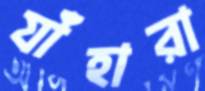
যাঁহারা